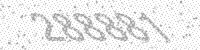
Solution: 288881